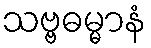
သဗ္ဗဓမ္မာနံ